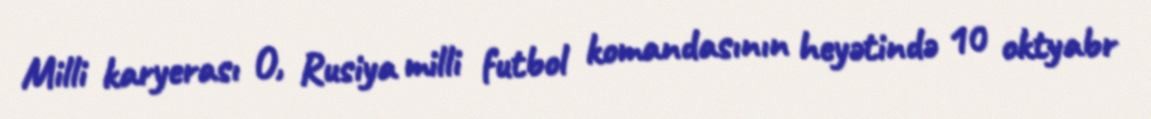
Milli karyerası O, Rusiya milli futbol komandasının heyətində 10 oktyabr